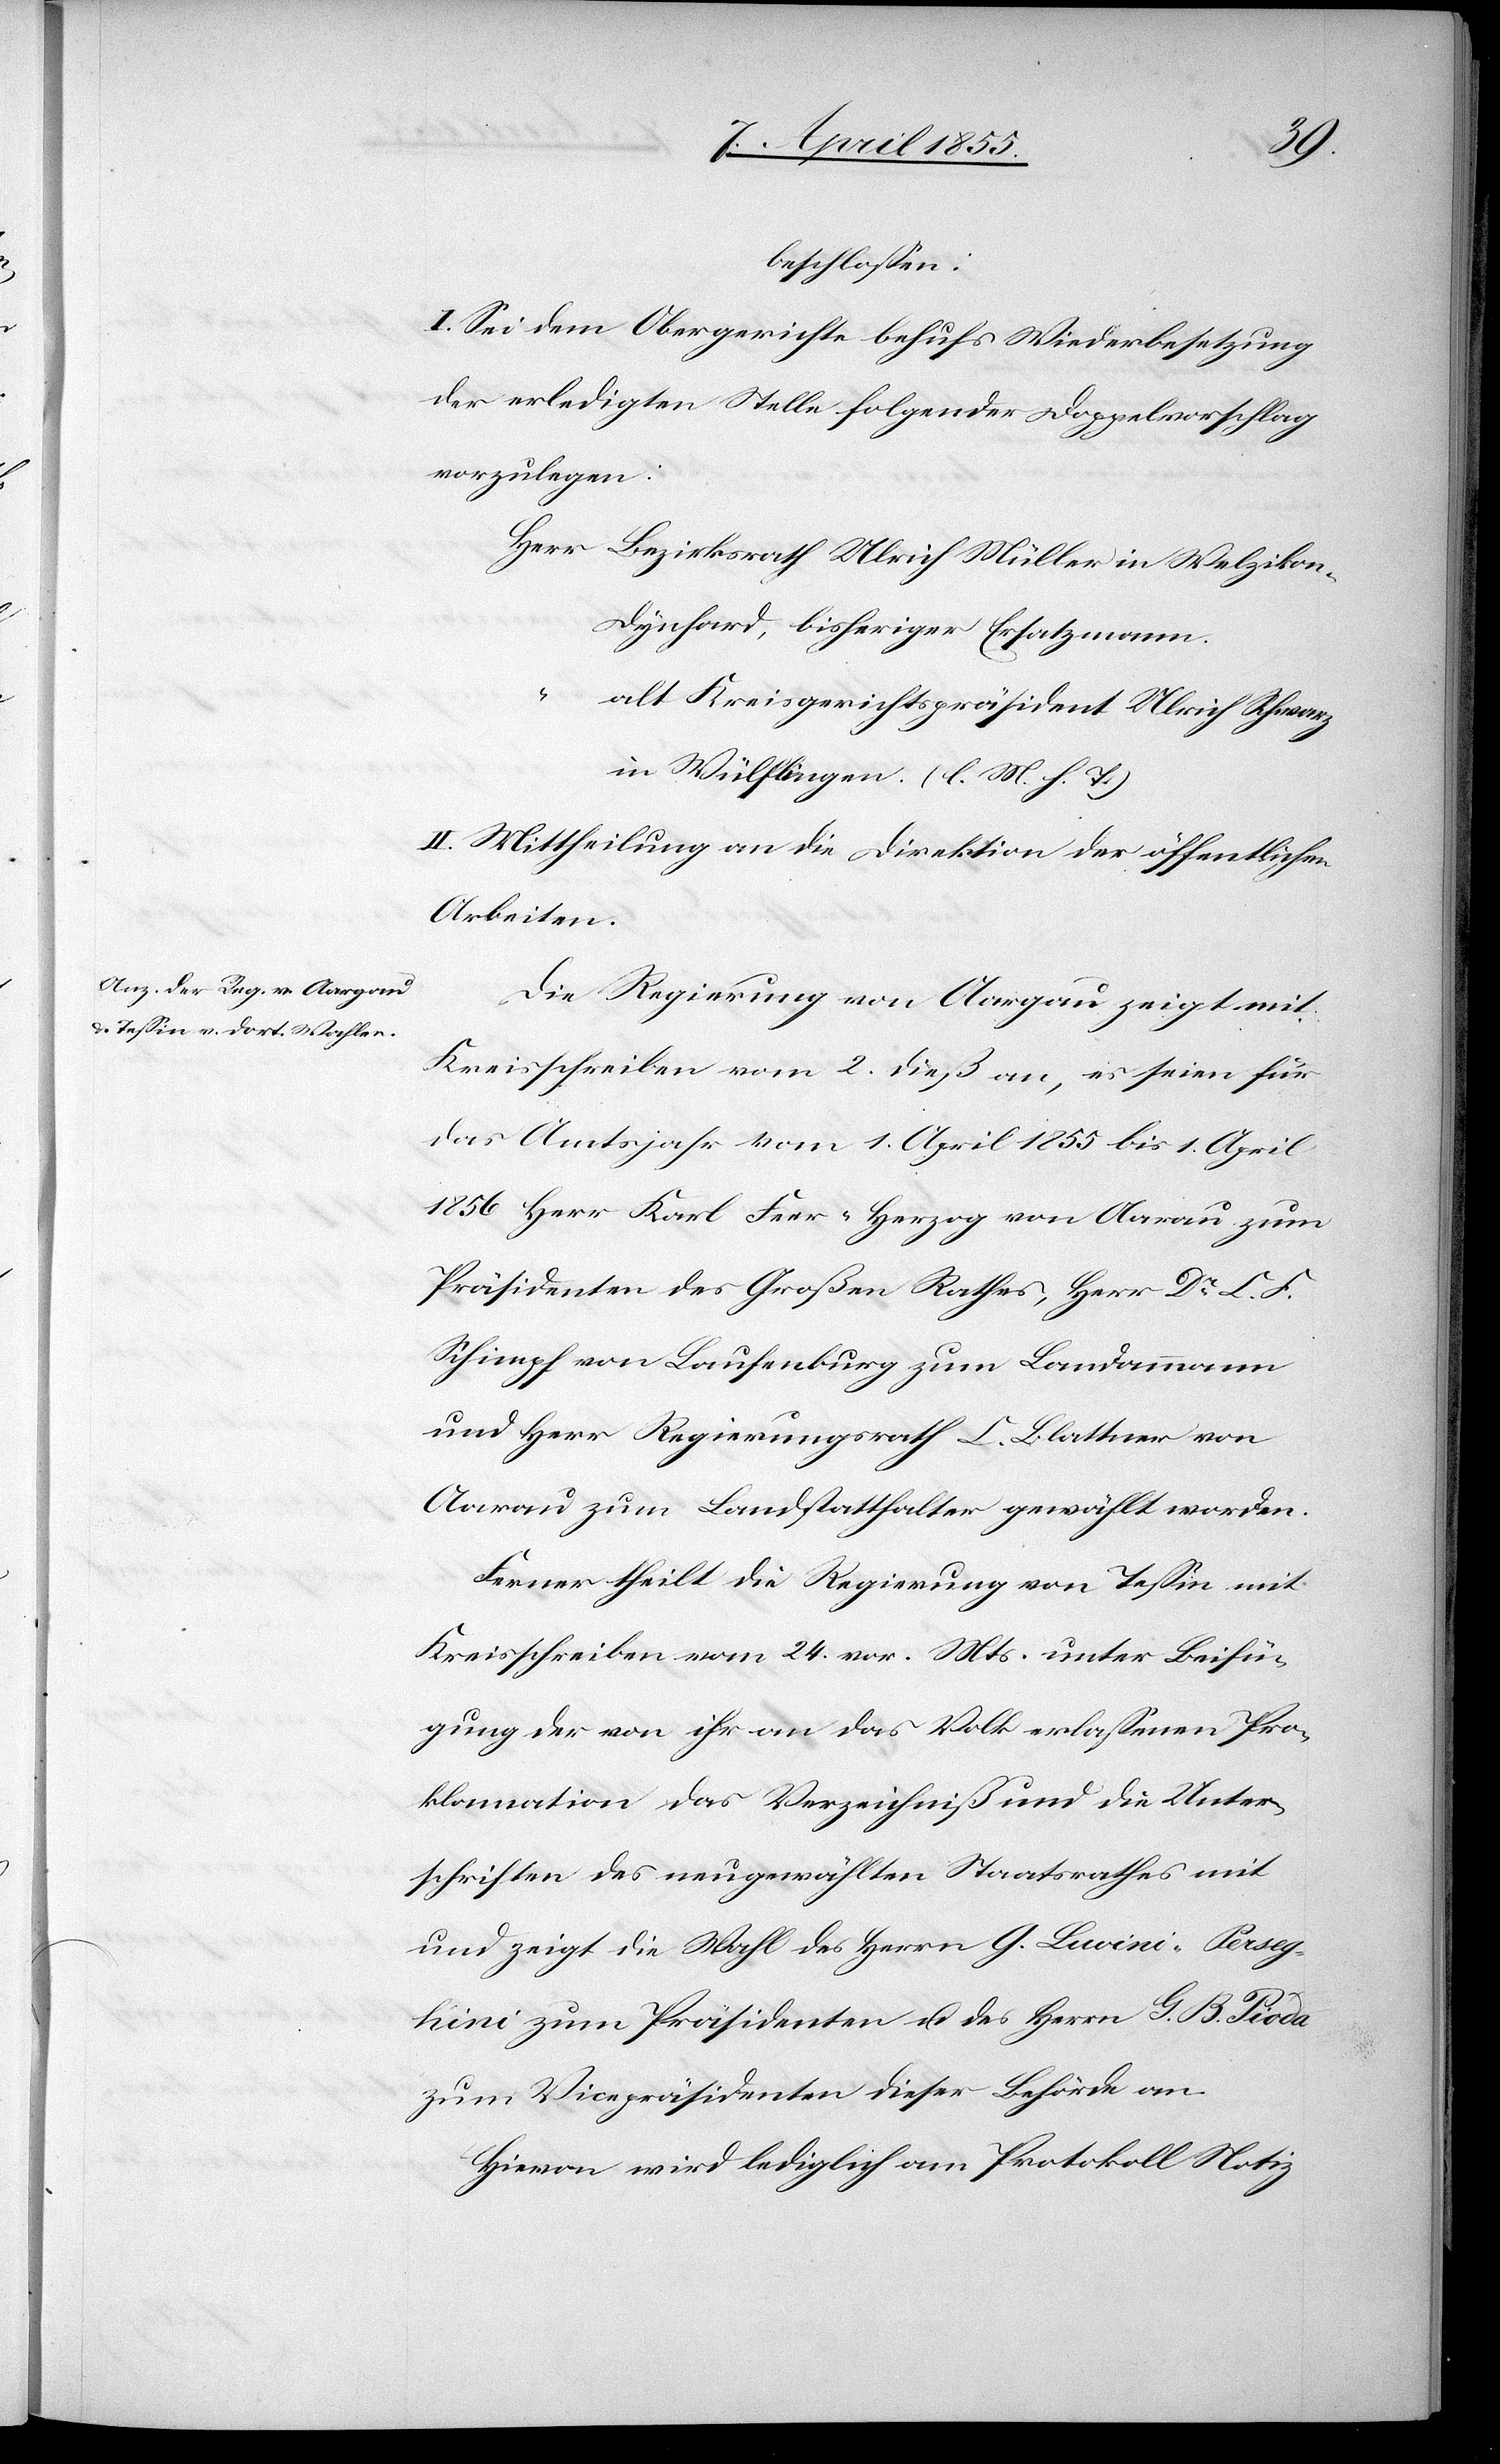
beschlossen:
I. Sei dem Obergerichte behufs Wiederbesetzung
der erledigten Stelle folgender Doppelvorschlag
vorzulegen:
Herr Bezirksrath Ulrich Müller in Welziko¬
n-Dynhard, bisheriger Ersatzmann.
“
alt Kreisgerichtspräsident Ulrich Schwarz
in Wülflingen. (l. M. h. T.)
II. Mittheilung an die Direktion der öffentlichen
Arbeiten.
Die Regierung von Aargau zeigt mit
Kreisschreiben vom 2. dieß an, es seien für
das Amtsjahr vom 1. April 1855 bis 1. April
1856 Herr Karl Feer-Herzog von Aarau zum
Präsidenten des Großen Rathes, Herr Dr C. F.
Schimpf von Laufenburg zum Landammann
und Herr Regierungsrath C. Blattner von
Aarau zum Landstatthalter gewählt worden.
Ferner theilt die Regierung von Tessin mit
Kreisschreiben vom 24. vor. Mts. unter Beifü¬
gung der von ihr an das Volk erlassenen Pro¬
klamation das Verzeichniß und die Unter¬
schriften des neugewählten Staatsrathes mit
und zeigt die Wahl des Herrn G. Luvini-Persegh¬
ini zum Präsidenten u. des Herrn G. B. Pioda
zum Vicepräsidenten dieser Behörde an.
Hievon wird lediglich am Protokoll Notiz